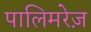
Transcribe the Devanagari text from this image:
पालिमरेज़